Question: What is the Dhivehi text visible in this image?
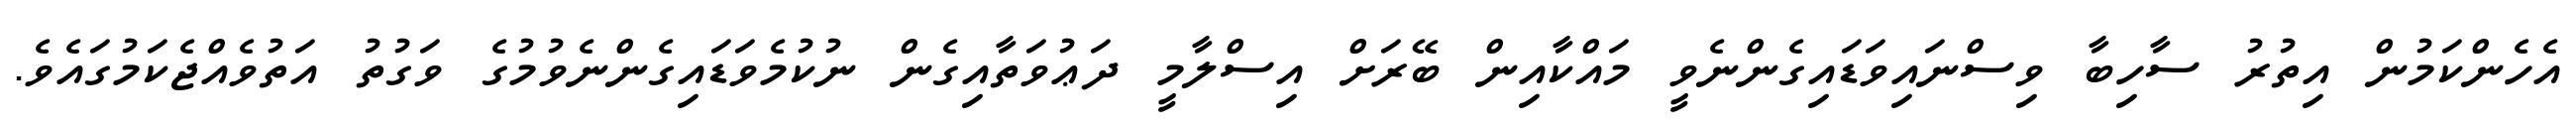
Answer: އެހެންކަމުން އިތުރު ސާހިބާ ވިސްނައިވަޑައިގެންނެވީ މައްކާއިން ބޭރަށް އިސްލާމީ ދަޢުވަތާއިގެން ނުކުމެވަޑައިގެންނެވުމުގެ ވަގުތު އަތުވެއްޖެކަމުގައެވެ.